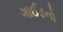
ગાઈડનો